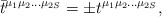
\begin{align*}\bar t^{\mu_1 \mu_2 \ldots \mu_{2S}}=\pm t^{\mu_1 \mu_2 \ldots \mu_{2S}},\end{align*}